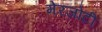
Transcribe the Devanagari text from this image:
मेरजोटी